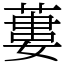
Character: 蔞